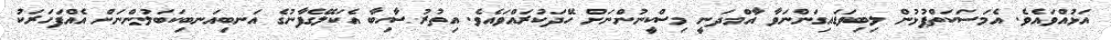
އަޅުއްވައެވެ. އެމަސަކަތްޕުޅުން ލިބިވަޑައިގަންނަވާ އާމްދަނީ މިސްކީނުންނަށް ހޭދަކުރައްވައެވެ. އިތުރުސާހިބާ އެކަލޭގެފާނުގެ އަނބިއަނބިކަބަލުންނަށް އެއްފަހަރަކު